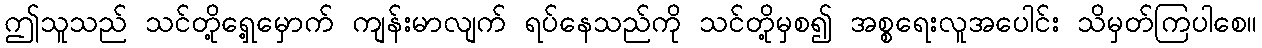
ဤသူသည် သင်တို့ရှေ့မှောက် ကျန်းမာလျက် ရပ်နေသည်ကို သင်တို့မှစ၍ အစ္စရေးလူအပေါင်း သိမှတ်ကြပါစေ။